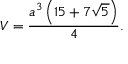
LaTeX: V = { \frac { a ^ { 3 } \left( 1 5 + 7 { \sqrt { 5 } } \right) } { 4 } } .